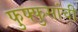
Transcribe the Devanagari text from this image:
फुफ्फुसांची